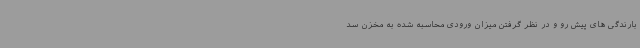
بارندگی های پیش رو و در نظر گرفتن میزان ورودی محاسبه شده به مخزن سد